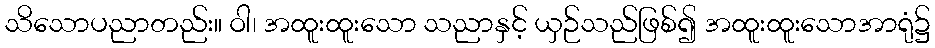
သိသောပညာတည်း။ ဝါ၊ အထူးထူးသော သညာနှင့် ယှဉ်သည်ဖြစ်၍ အထူးထူးသောအာရုံ၌